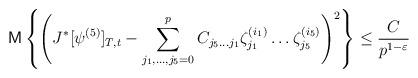
LaTeX: \begin{align*}{\sf M}\left\{\left(J^{*}[\psi^{(5)}]_{T,t}-\sum\limits_{j_1, \ldots, j_5=0}^{p}C_{j_5 \ldots j_1}\zeta_{j_1}^{(i_1)}\ldots\zeta_{j_5}^{(i_5)}\right)^2\right\}\le \frac{C}{p^{1-\varepsilon}}\end{align*}